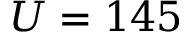
U = 1 4 5